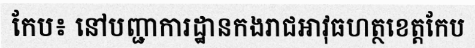
កែប៖ នៅបញ្ជាការដ្ឋានកងរាជអាវុធហត្ថខេត្តកែប